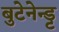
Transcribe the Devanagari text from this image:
बुटेनेन्ड्ट